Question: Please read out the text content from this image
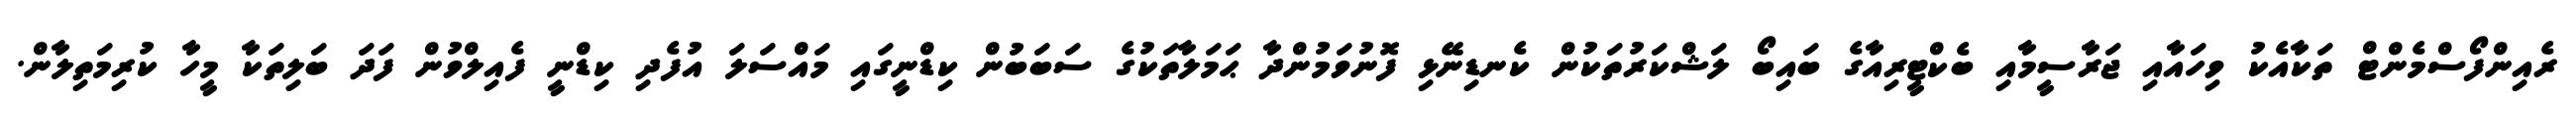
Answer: ރެއިންފޯސްމެންޓް ތަކާއެކު ވިހައާއި ޖަރާސީމާއި ބެކްޓީރިއާގެ ބައިބޯ ލަޝްކަރުތަކުން ކެނޑިނޭޅި ފޮނުވަމުންދާ ޙަމަލާތަކުގެ ސަބަބުން ކިޑްނީގައި މައްސަލަ އުފެދި ކިޑްނީ ފެއިލްވުން ފަދަ ބަލިތަކާ މީހާ ކުރިމަތިލާން.